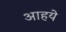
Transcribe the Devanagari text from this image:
आहये